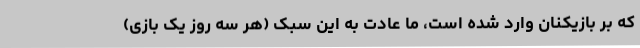
که بر بازیکنان وارد شده است، ما عادت به این سبک (هر سه روز یک بازی)